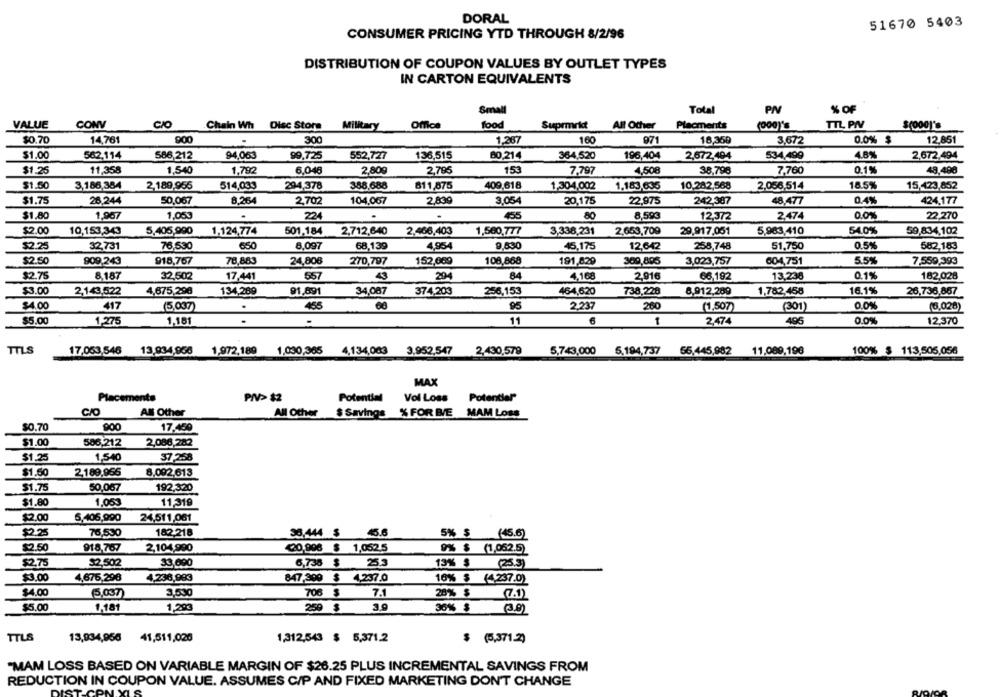
DORAL
51670 5403
CONSUMER PRICING YTD THROUGH 8/2/96
DISTRIBUTION OF COUPON VALUES BY OUTLET TYPES
IN CARTON EQUIVALENTS
Total
PN
% OF
Small
VALUE
CONV
CIO
Chain Wh Disc Store Military
Military
Office
food
Suprmrkt
AB Other
Placments
(000)'S
TTL PIV
$(000)'s
$0.70
14,761
900
300
160
971
18,360
0.0% $
12.851
1,267
3,672
$1.00
562,114
586,212
94,06€
99,725
552,727
136,515
80,214
364,520
196,404
2,672,494
534,499
4.8%
2,672,494
$1.25
11,358
1,540
1.792
6.046
2,809
2,795
153
7,797
4,508
38,796
7,760
0.1%
48,498
$1.50
3,186,384
2,189,955
514,033
294,378
388,688
811,875
409,618
1,304,002
1.183,635
10.282,568
2,056,514
18.5%
15,423,852
$1.75
26,244
50,067
8.264
2,702
104,067
2,830
3,054
20,175
22,975
242,387
48.477
0.4%
424,177
$1.80
1,967
1,000
.
224
.
455
80
8,593
2,474
0.0%
22,270
12,372
$2.00
54.0%
10,153,343
5,405,990
1.124,774
501,184
2,712,640
2,466,403
1,500,777
3,338,231
2,653,709
29,917,051
5,963,410
59,834,102
$2.25
32,731
76,530
650
8,097
68,139
4,954
9,630
45,175
12,642
258,748
51,750
0.5%
582.183
$2.50
909,243
918,767
78,883
24,806
270,797
152,009
108,868
191,829
300,895
3,023,757
604,751
5.5%
7,559,393
$2.75
8,187
32,502
17,441
$57
43
204
84
4,168
2,916
66,192
13,236
0.1%
182,028
$3.00
2,143,522
4,675,298
134,289
91,891
34,087
374,203
256,153
464,620
738,228
8.912,269
1,782,458
16.1%
26,736,857
$4.00
417
(5,037)
455
60
95
2,237
260
(1,507)
(301)
0.0%
(6,028)
$5.00
1,275
1,181
.
6
1
2,474
495
0.0%
12,370
11
TTLS
17,053,546 13,934,956 1,972,189 1,030,365 4,134,063 3,952,547 2,430,579 5,743,000 5,194,737
65,445,982 11,089,198
100% $ 113,505,056
MAX
Placements
PIV> $2
Potential
Vol Loss
Potential"
CIO
All Other
All Other
$ Savings % FOR BVE MAM Loss
$0.70
900
17,459
$1.00
586,212
2,086,282
$1.25
1,540
37-258
$1.50
2,189,965
8,092,613
$1.75
50,067
192,320
$1.80
1,053
11,319
$2.00
5,406,990
24,511,061
$2.25
76,530
182,218
36,444 $
5.6
5% $
(45.6)
$2.50
918,767
2,104,990
@0,996 $ 1,052.5
9% $ (1,052.5)
$2.75
$2,502
33,000
25.3
13% $
(255)
6,735 $
$3.00
4,675,298
4,236,993
847-399 $ 4.237.0
16% $ (4.237.0)
$4.00
5,037
3,530
706 $
7.
28% $
(7.1)
3.
30% $
$5.00
1,181
1,293
250 $
TTLS
13,934,956 41,511,020
1,312,543 $ 5,371.2
$ (5,371.2)
"MAM LOSS BASED ON VARIABLE MARGIN OF $26.25 PLUS INCREMENTAL SAVINGS FROM
REDUCTION IN COUPON VALUE. ASSUMES C/P AND FIXED MARKETING DON'T CHANGE